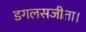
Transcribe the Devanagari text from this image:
डगलसजीता।